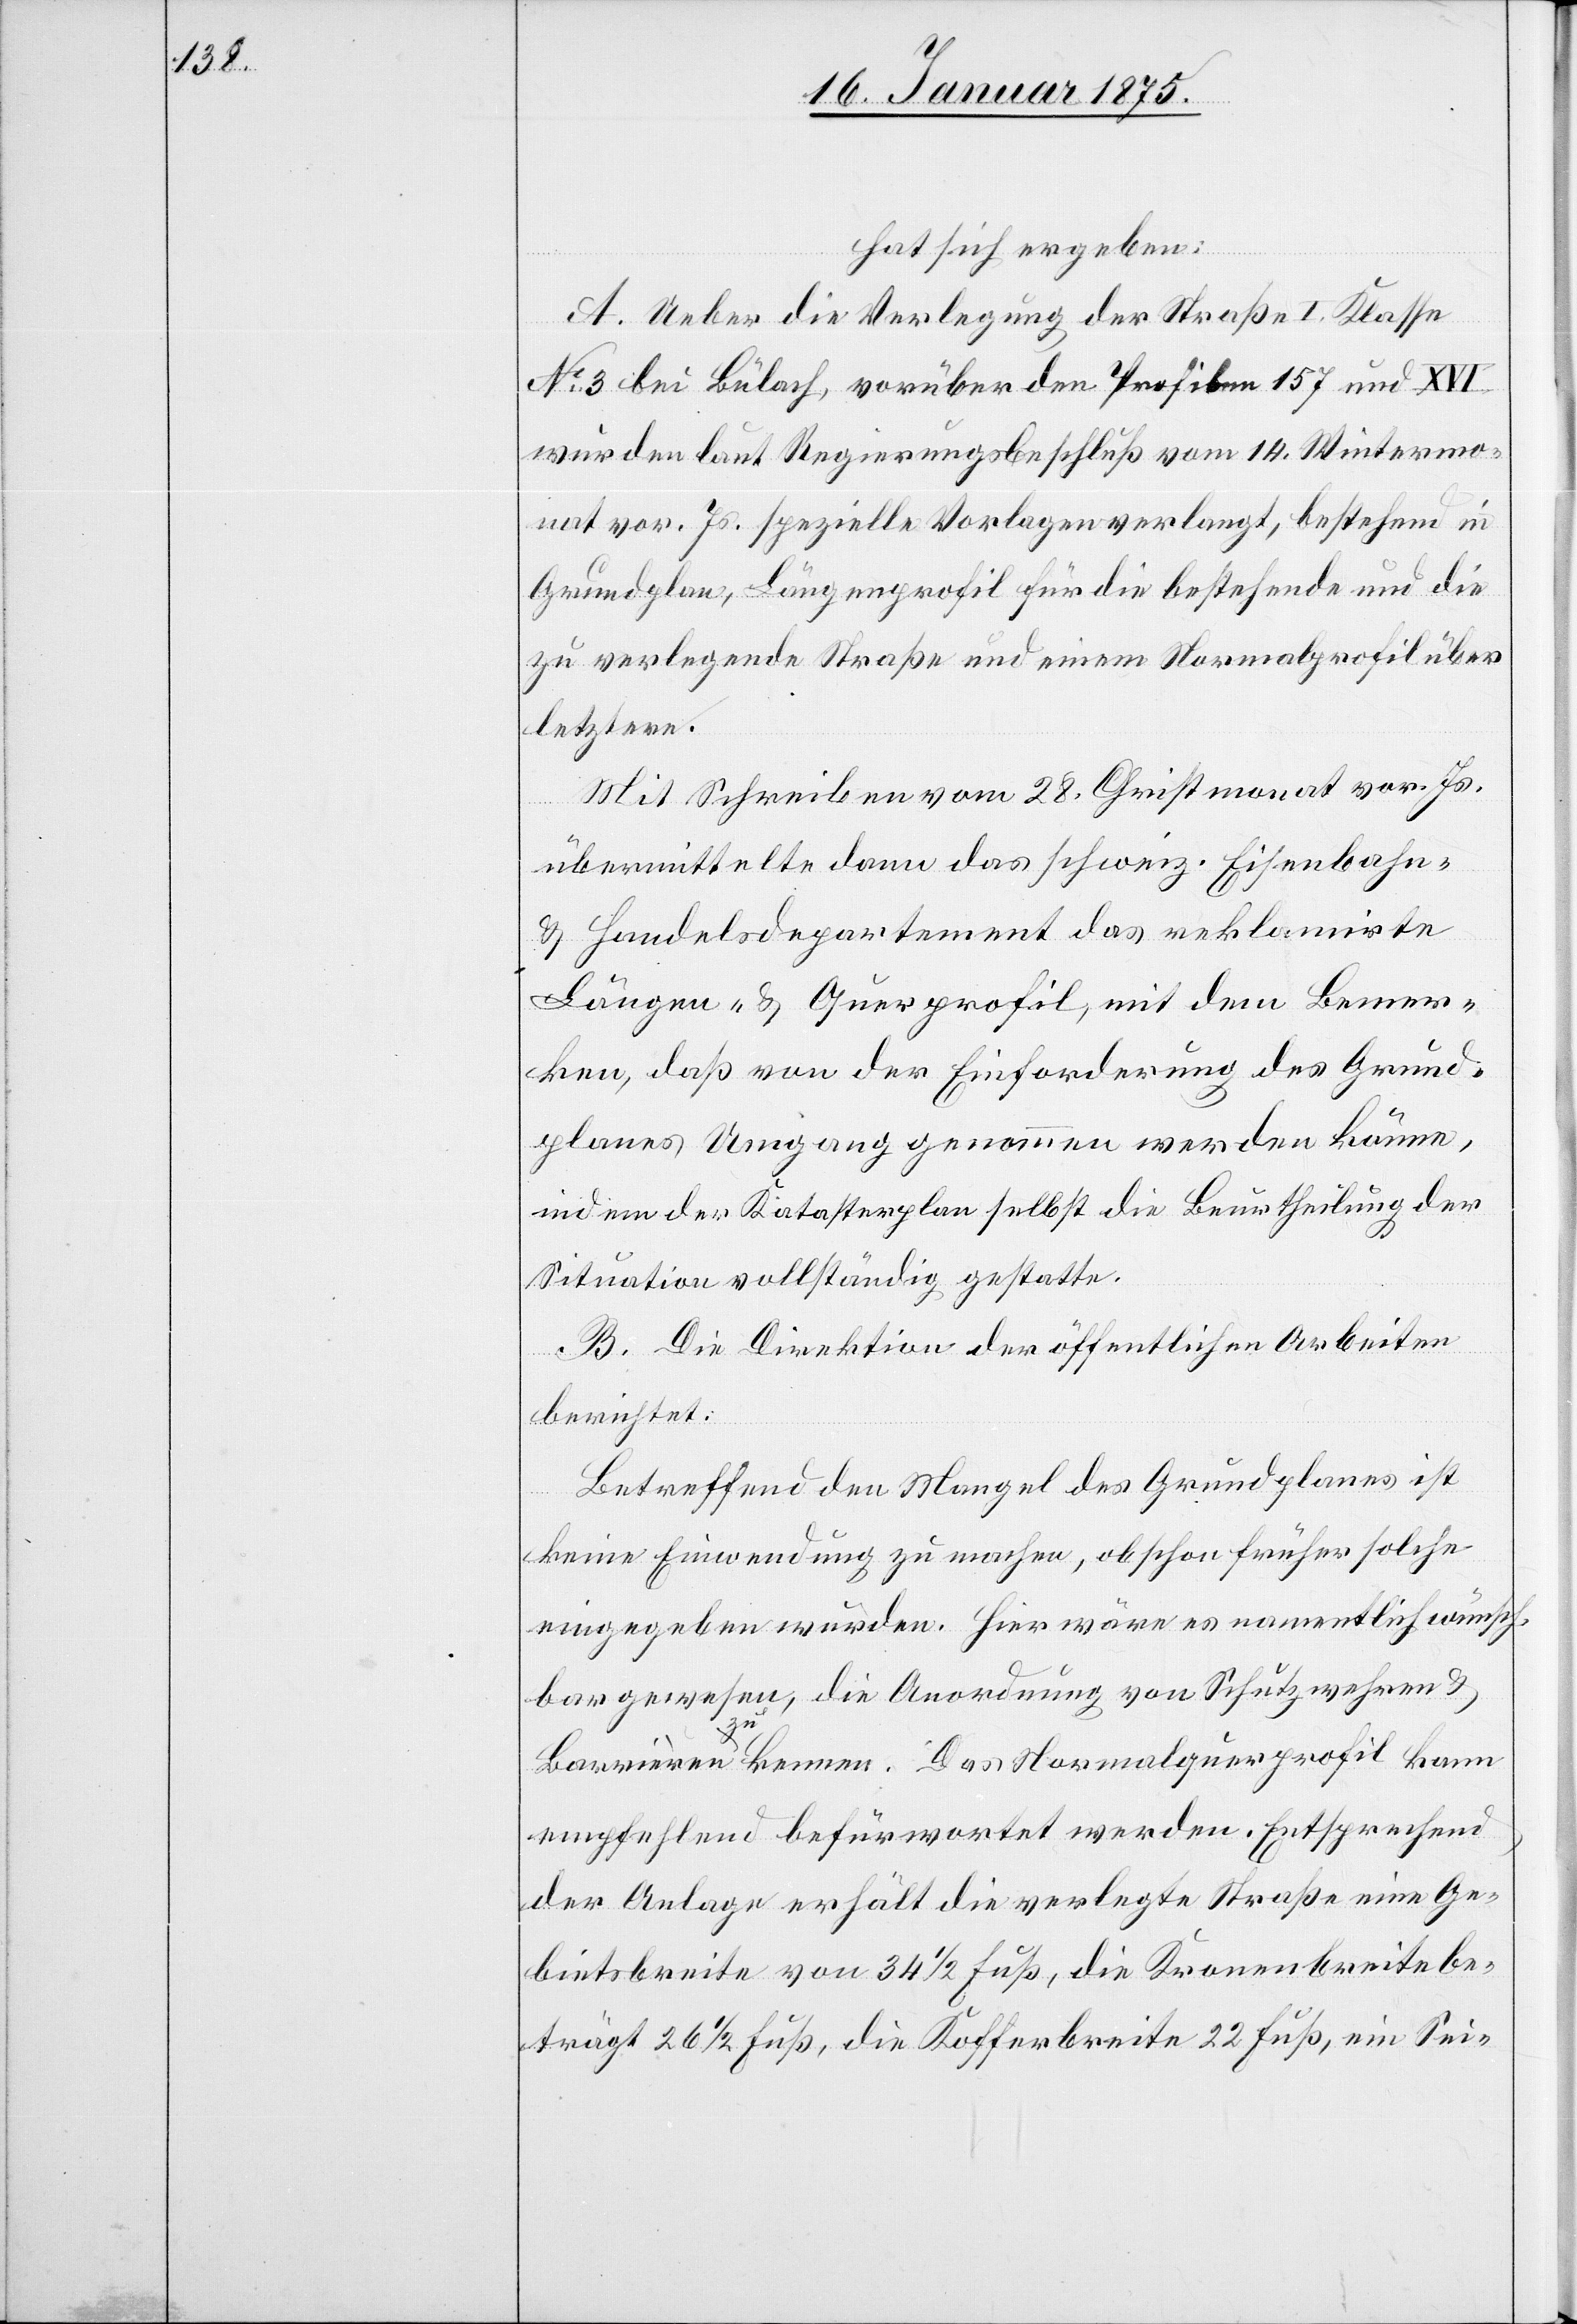
hat sich ergeben:
A. Ueber die Verlegung der Straße I. Klasse
No 3 bei Bülach, vorüber den Profilen 157 und XVI
wurden laut Regierungsbeschluß vom 14. Wintermo¬
nat vor. Js. spezielle Vorlagen verlangt, bestehend in
Grundplan, Längenprofil für die bestehende und die
zu verlegende Straße und einem Normalprofil über
letztere.
Mit Schreiben vom 28. Christmonat vor. Js.
übermittelte dann das schweiz. Eisenbahn-
& Handelsdepartement das reklamirte
Längen- & Querprofil, mit dem Bemer¬
ken, daß von der Einforderung des Grund¬
planes Umgang genommen werden könne,
indem der Katasterplan selbst die Beurtheilung der
Situation vollständig gestatte.
B. Die Direktion der öffentlichen Arbeiten
berichtet:
Betreffend den Mangel des Grundplanes ist
keine Einwendung zu machen, obschon früher solche
eingegeben wurden. Hier wäre es namentlich wünsch¬
bar gewesen, die Anordnung von Schutzwehren &
Barrieren a-zu-a kennen. Das Normalquerprofil kann
empfehlend befürwortet werden. Entsprechend
der Anlage erhält die verlegte Straße eine Ge¬
bietsbreite von 34 1/2 Fuß, die Kronenbreite be¬
trägt 26 1/2 Fuß, die Kofferbreite 22 Fuß, ein Sei-